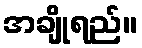
အချိုရည်။